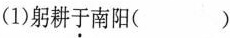
(1)躬耕于南阳( )